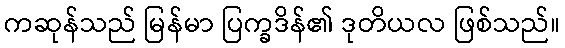
ကဆုန်သည် မြန်မာ ပြက္ခဒိန်၏ ဒုတိယလ ဖြစ်သည်။